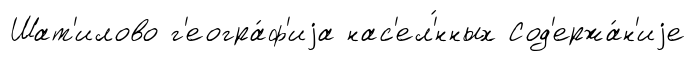
Шат'илово г'еогра́ф'иjа нас'ел'́нных Сод'ержа́н'иjе